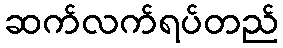
ဆက်လက်ရပ်တည်